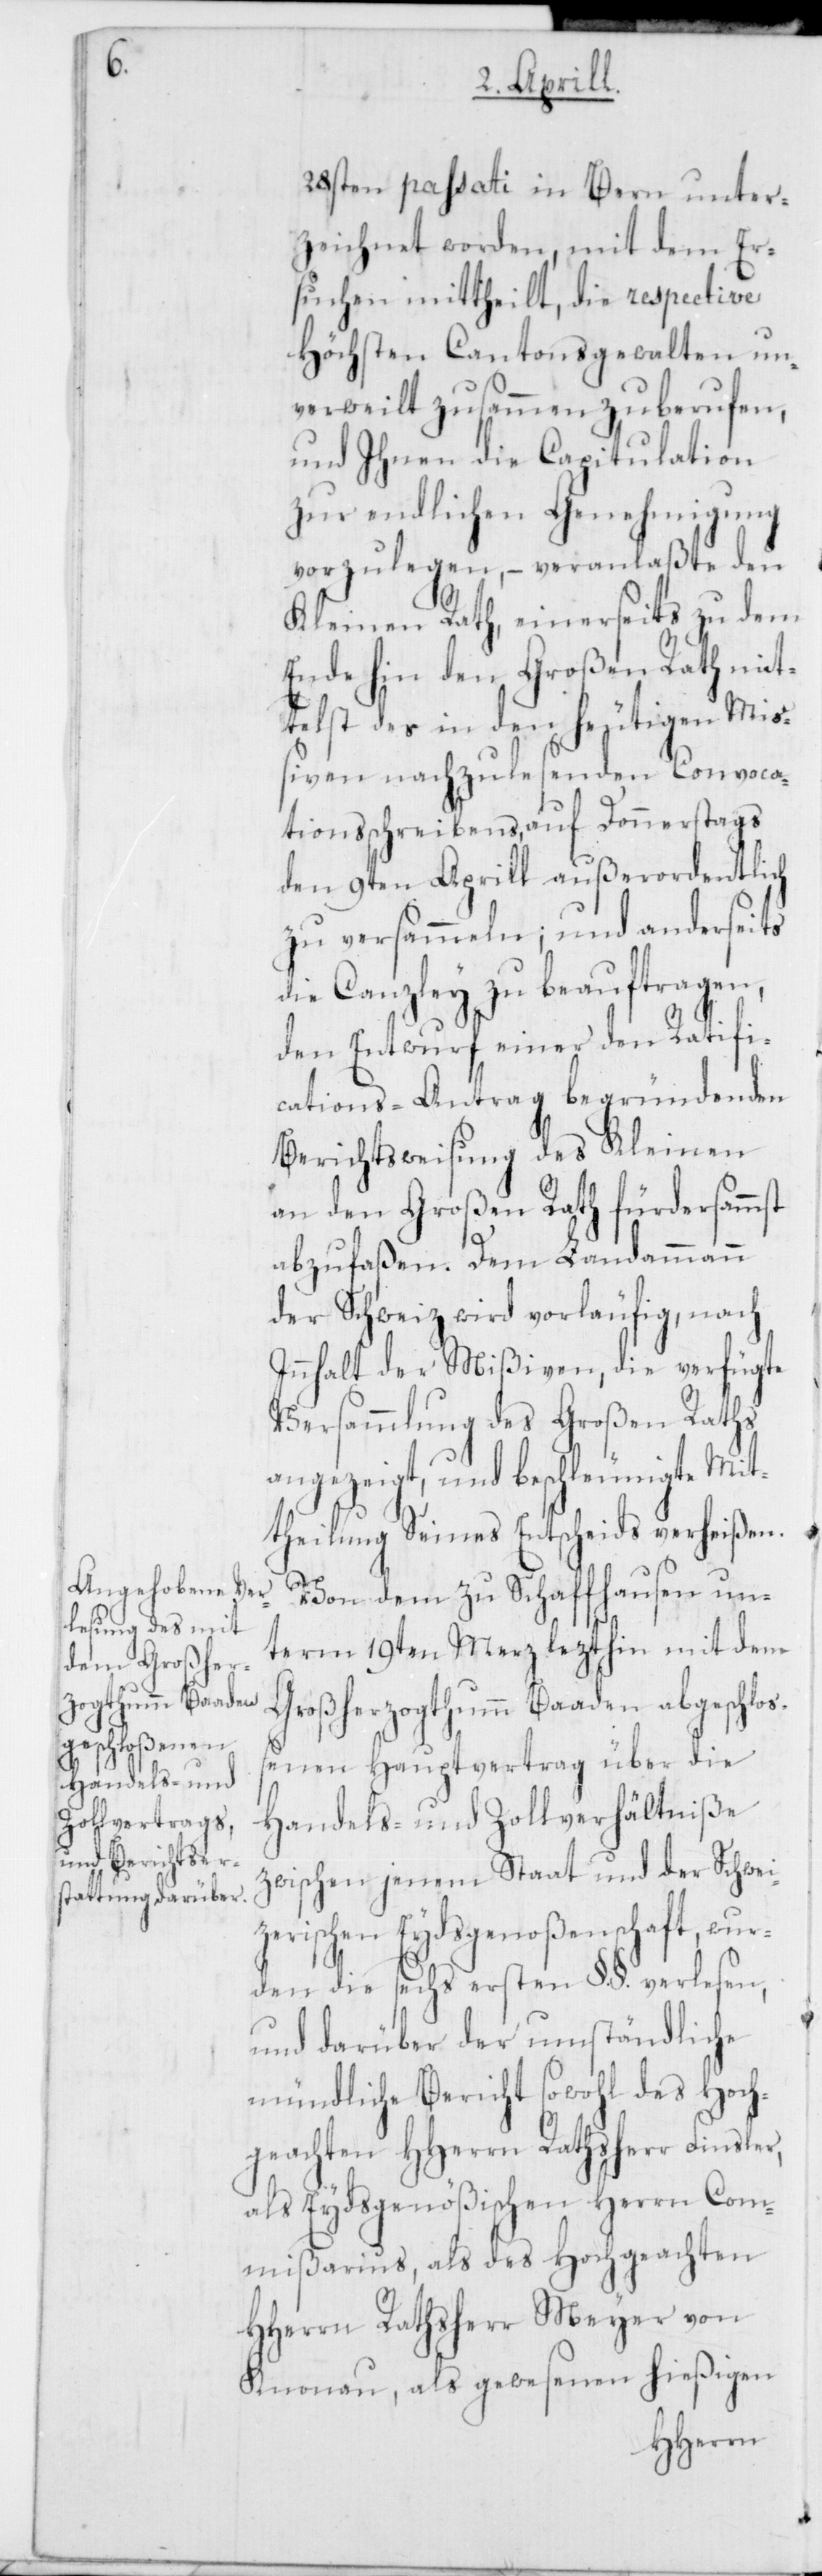
28sten passati in Bern unter¬
zeichnet worden, mit dem Er¬
suchen mittheilt, die respective
Höchsten Cantonsgewalten un¬
verweilt zusammen zu berufen,
und Ihnen die Capitulation
zur endlichen Genehmigung
vorzulegen, – veranlaßte den
Kleinen Rath, einerseits zu dem
Ende hin den Großen Rath mit¬
telst des in den heutigen Mi¬
ßiven nachzulesenden Convoca¬
tionsschreibens, auf Donnerstags
den 9ten Aprill außerordentlich
zu versammeln; und anderseits
die Canzley zu beauftragen,
den Entwurf einer den Ratifi¬
cations-Antrag begründenden
Berichtsweisung des Kleinen
an den Großen Rath fürdersammst
abzufaßen. Dem Landammann
der Schweiz wird vorläufig, nach
Innhalt der Mißiven, die verfügte
Versammlung des Großen Raths
angezeigt, und beschleunigte Mit¬
theilung Seines Entscheids verheißen.
Von dem zu Schaffhausen un¬
term 19ten Merz lezthin mit dem
Großherzogthumm Baaden abgeschloß¬
enen Hauptvertrag über die
Handels- und Zollverhältniße
zwischen jenem Staat und der Schwei¬
zerischen Eydsgenoßenschaft, wur¬
den die sechs ersten §. §. verlesen,
und darüber der umständliche
mündliche Bericht sowohl des hoch¬
geachten HHerren Rathsherr Finsler,
als Eydsgenößischen Herrn Com¬
mißarius, als des Hochgeachten
HHerrn Rathsherr Meyer von
Knonau, als gewesenen hießigen